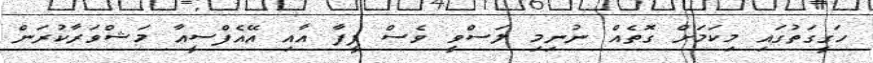
ހަގީގަތުގައި މިކަމަށް ގޮތެއް ނުނިމި ލަސްވީ ވެސް ފީފާ އާއި އޭއެފްސީއާ މަޝްވަރާކުރަން